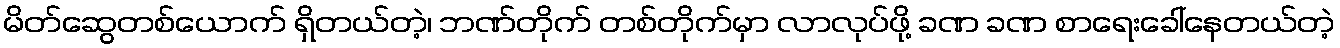
မိတ်ဆွေတစ်ယောက် ရှိတယ်တဲ့၊ ဘဏ်တိုက် တစ်တိုက်မှာ လာလုပ်ဖို့ ခဏ ခဏ စာရေးခေါ်နေတယ်တဲ့